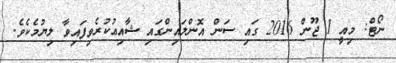
ނޯޓް: މިއީ 1 ޖޫން 2016 ގައި ސަން އޮންލައިންގައި ޝާއިޢުކުރެވިފައިވާ ލިޔުމެކެވެ.